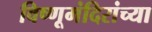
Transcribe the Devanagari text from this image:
विष्णूमंदिरांच्या